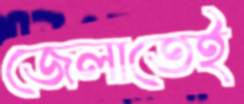
জেলাতেই